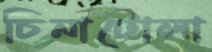
চিনাটোলা